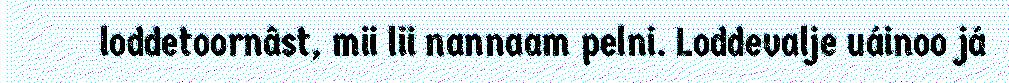
loddetoornâst, mii lii nannaam pelni. Loddevalje uáinoo já